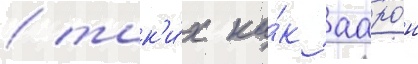
/ так'и́х ка́к ааро́н